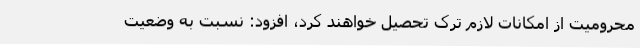
محرومیت از امکانات لازم ترک تحصیل خواهند کرد، افزود: نسبت به وضعیت